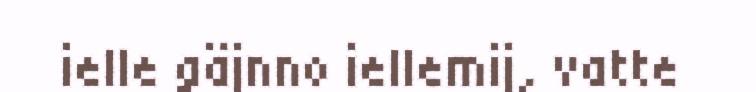
ielle gäjnno iellemij, vatte